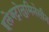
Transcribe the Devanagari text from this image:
इलेक्ट्रोलुमिनेसीन